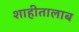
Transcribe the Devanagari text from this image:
शाहीतालाब